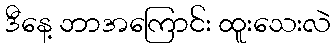
ဒီနေ့ ဘာအကြောင်း ထူးသေးလဲ